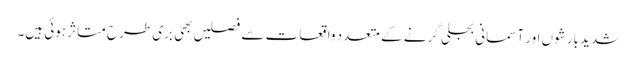
شدید بارشوں اور آسمانی بجلی گرنے کے متعدد واقعات سے فصلیں بھی بری طرح متاثر ہوئی ہیں۔